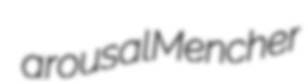
arousal Mencher